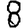
Digit: 8